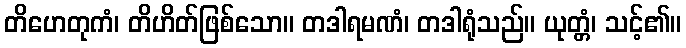
တိဟေတုကံ၊ တိဟိတ်ဖြစ်သော။ တဒါရမဏံ၊ တဒါရုံသည်။ ယုတ္တံ၊ သင့်၏။